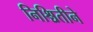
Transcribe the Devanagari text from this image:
निश्चितीने